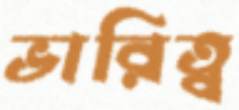
ভারিত্ব